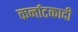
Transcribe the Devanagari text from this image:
कर्नाटकादी